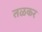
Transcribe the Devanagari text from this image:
तळकर